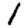
Digit: 1